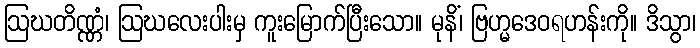
ဩဃတိဏ္ဏံ၊ ဩဃလေးပါးမှ ကူးမြောက်ပြီးသော။ မုနိံ၊ ဗြဟ္မဒေဝရဟန်းကို။ ဒိသွာ၊